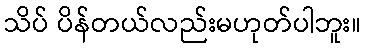
သိပ် ပိန်တယ်လည်းမဟုတ်ပါဘူး။